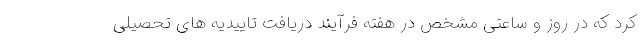
کرد که در روز و ساعتی مشخص در هفته فرآیند دریافت تاییدیه های تحصیلی